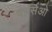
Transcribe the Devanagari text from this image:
पार्सिओ